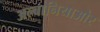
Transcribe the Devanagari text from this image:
अल्बानियाऔर